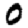
Digit: 0